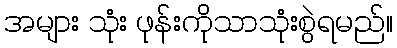
အများ သုံး ဖုန်းကိုသာသုံးစွဲရမည်။